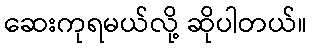
ဆေးကုရမယ်လို့ ဆိုပါတယ်။